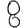
Digit: 8